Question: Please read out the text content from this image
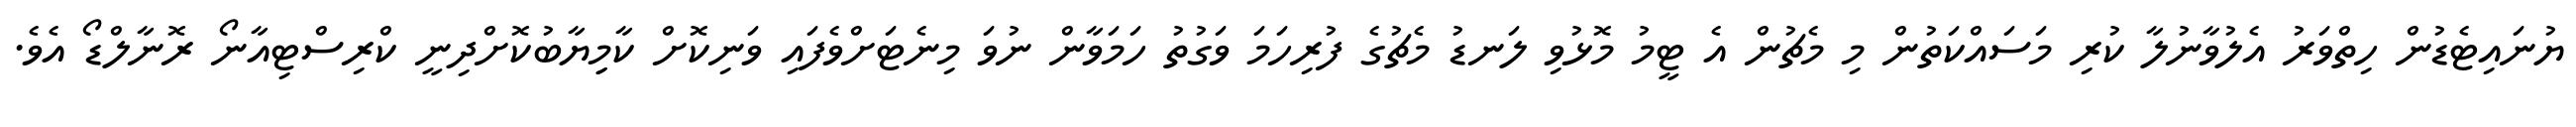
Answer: ޔުނައިޓެޑުން ހިތްވަރު އެލުވާނުލާ ކުރި މަސައްކަތުން މި މެޗުން އެ ޓީމު މޮޅުވި ލަނޑު މެޗުގެ ފުރިހަމަ ވަގުތު ހަމަވާން ނުވަ މިނެޓަށްވެފައި ވަނިކޮށް ކާމިިޔާބުކޮށްދިނީ ކްރިސްޓިއާނޯ ރޮނާލްޑޯ އެވެ.